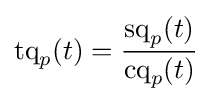
\operatorname {tq} _{p}(t)={\frac {\operatorname {sq} _{p}(t)}{\operatorname {cq} _{p}(t)}}